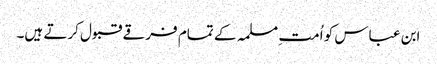
ابن عباس کو اُمت ِمسلمہ کے تمام فرقے قبول کرتے ہیں۔